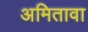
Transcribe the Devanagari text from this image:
अमितावा